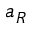
a _ { R }